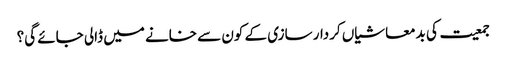
جمعیت کی بدمعاشیاں کردار سازی کے کون سے خانے میں ڈالی جائے گی؟